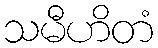
သမီဟိတံ